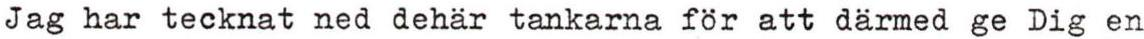
Jag har tecknat ned dehär tankarna för att därmed ge Dig en